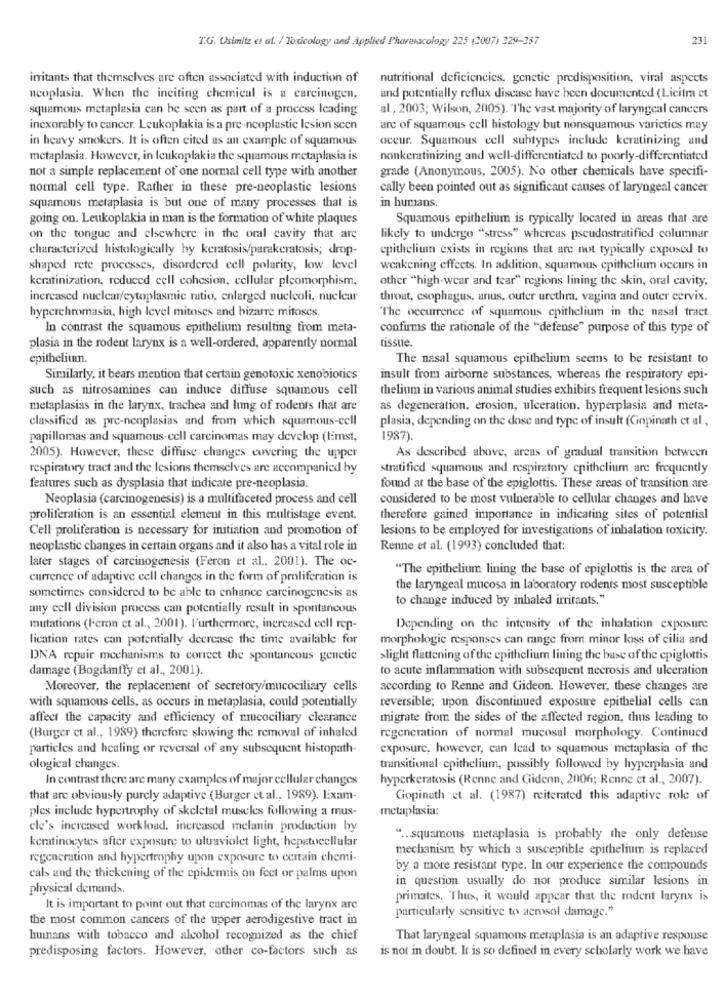
T.G. Osimitz et al. / Toxicology and Applied Pharmacology 225 (2007) 229-357
231
irritants that themselves are often associated with induction of
nutritional deficiencies, genetic predisposition, viral aspects
neoplasia. When the inciting chemical is a carcinogen,
and potentially reflux disease have been documented (Licitra et
squamous metaplasia can be seen as part of a process leading
al ., 2003; Wilson, 2005). "The vast majority of laryngeal cancers
incxorably to cancer. Leukoplakia is a pre-neoplastic lesion scen
arc of squamous cell histology but nonsquamous varictics may
in heavy smokers. It is often cited as an example of squamous
occur. Squamous cell subtypes include keratinizing and
metaplasia. However, in Icukoplakia the squamous metaplasia is
nonkeratinizing and well-differentiated to poorly-differentiated
not a simple replacement of one normal cell type with another
grade (Anonymous, 2005). No other chemicals have specifi-
normal cell type. Rather in these pre-neoplastic lesions
cally been pointed out as significant causes of laryngeal cancer
squamous metaplasia is but one of many processes that is
in humans.
going on. Leukoplakia in man is the formation of white plaques
Squamous epithelium is typically located in areas that are
on the tongue and elsewhere in the oral cavity that are
likely to undergo "stress" whereas pseudostratified columnar
characterized histologically by keratosis/parakeratosis; drop-
epithelium exists in regions that are not typically exposed to
shaped rete processes, disordered cell polarity, low level
weakening effects. In addition, squamous epithelium occurs in
keratinization, reduced cell cohesion, cellular pleomorphism,
other "high-wear and tear" regions lining the skin, oral cavity,
increased nuclear/cytoplasmic ratio, enlarged nucleoli, nuclear
throat, esophagus, anus, outer urethra, vagina and outer cervix.
hyperchmomasia, high level mitoses and bizarre mitoses.
"The occurrence of squamous epithelium in the nasal tract
In contrast the squamous epithelium resulting from meta-
confirms the rationale of the "defense" purpose of this type of
tissue.
plasia in the rodent larynx is a well-ordered, apparently normal
epithelium
The nasal squamous epithelium seems to be resistant to
Similarly, it bears mention that certain genotoxic xenobiotics
insult from airborne substances, whereas the respiratory epi-
such as nitrosamines can induce diffuse squamous cell
thelium in various animal studies exhibits frequent lesions such
metaplasias in the larynx, trachea and lung of rodents that are
as degeneration. erosion, ulceration, hyperplasia and meta-
classified as pre-neoplasias and from which squamous-cell
plasia, depending on the dose and type of insult (Gopinath et al .,
papillomas and squamous-cell carcinomas may develop (limst,
1987).
2005). However, these diffuse changes covering the upper
As described above, areas of gradual transition between
respiratory tract and the lesions themselves are accompanied by
stratified squamous and respiratory epithelium are frequently
features such as dysplasia that indicate pre-neoplasia.
found at the base of the epiglottis. These areas of transition are
Neoplasia (carcinogenesis) is a multifaceted process and cell
considered to be most vulnerable to cellular changes and have
proliferation is an essential element in this multistage event.
therefore gained importance in indicating sites of potential
Cell proliferation is necessary for initiation and promotion of
lesions to be employed for investigations of inhalation toxicity.
neoplastic changes in certain organs and it also has a vital role in
Renne et al. (1993) concluded that:
later stages of carcinogenesis (Feron et al ., 2001). The oc-
"The epithelium lining the base of epiglottis is the area of
currence of adaptive cell changes in the form of proliferation is
sometimes considered to be able to enhance carcinogenesis as
the laryngeal mucosa in laboratory rodents most susceptible
to change induced by inhaled irritants."
any cell division process can potentially result in spontancous
mutations (Feron et al ., 2001). Furthermore, increased cell rep-
Depending on the intensity of the inhalation exposure
lication rates can potentially decrease the time available for
morphologie responses can range from minor loss of cilia and
DNA repair mechanisms to correct the spontaneous genetic
>light flattening of the epithelium lining the base of the epiglottis
damage (Bogdanffy et al ., 2001).
to acute inflammation with subsequent necrosis and ulceration
Moreover, the replacement of secretory/mucociliary cells
according to Renne and Gideon. However, these changes are
reversible; upon discontinued exposure epithelial cells can
with squamous cells, as occurs in metaplasia, could potentially
affect the capacity and efficiency of mucociliary clearance
migrate from the sides of the affected region, thus leading to
(Burger et al ., 1989) therefore slowing the removal of inhaled
regeneration of normal mucosal morphology. Continued
particles and healing or reversal of any subsequent histopath-
exposure, however, can Icad to squamous metaplasia of the
ological changes.
transitional epithelium, possibly followed by hyperplasia and
In contrast there are many examples of major cellular changes
hyperkeratosis (Renne and Gideon, 2006; Renne et al ., 2007).
that are obviously purcly adaptive (Burger et al ., 1989). Exam-
Gopinath et al. (1987) reiterated this adaptive role of
ples include hypertrophy of skeletal museles following a mus-
metaplasia:
ele's increased workload. increased melanin production by
keratinocytes after exposure to ultraviolet light, hepatocellular
" .. squamous metaplasia is probably the only defense
mechanism by which a susceptible epithelium is replaced
regeneration and hypertrophy upon exposure to certain chemi-
by a more resistant type. In our experience the compounds
cals and the thickening of the epidermis on feet or palms upon
in question usually do not produce similar lesions in
physical demands
primates. Thus, it would appear that the rodent larynx is
It is important to point out that carcinomas of the larynx are
the most common cancers of the upper aerodigestive tract in
particularly sensitive to aerosol damage."
huinans with tobacco and alcohol recognized as the chief
That laryngeal squamous metaplasia is an adaptive response
is not in doubt. It is so defined in every scholarly work we have
predisposing factors. However, other co-factors such as